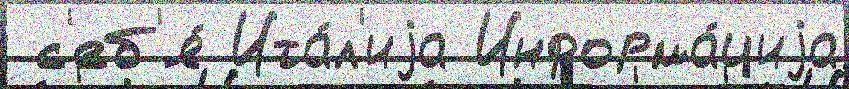
 с'еб'я́ Ита́л'иjа Информа́циjа